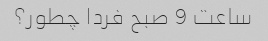
ساعت 9 صبح فردا چطور؟